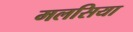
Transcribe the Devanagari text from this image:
मलसिया